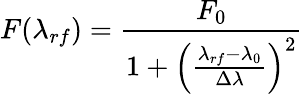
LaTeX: F(\lambda_{rf})=\frac{F_{0}}{1+\left(\frac{\lambda_{rf}-\lambda_{0}}{\Delta\lambda}\right)^{2}}